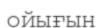
ойығын